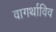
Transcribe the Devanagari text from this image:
वागर्थाविव